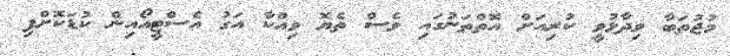
މުޖުތަބާ ވިދާޅުވީ ކުރިއަށް އޮތްތަނުގައި ވެސް ތެޔޮ ވިއްކާ އަގު އެސްޓީއޯއިން ކުޑަކޮށްފި